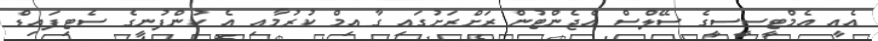
އެއީ އެމްޓީސީސީގެ ސޭލްސް އެޖެންޓުން ރަށްރަށުގައި ގާއިމް ކުރުމާއި އެ ކުންފުނީގެ ސެޓިފައިޑް